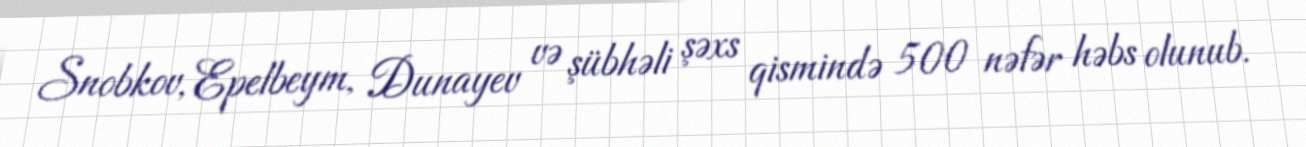
Snobkov, Epelbeym, Dunayev və şübhəli şəxs qismində 500 nəfər həbs olunub.